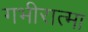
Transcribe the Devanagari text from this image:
गभीरात्मा